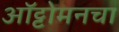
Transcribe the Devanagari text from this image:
ऑट्टोमनचा